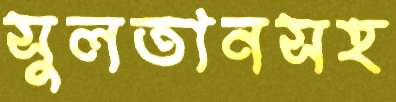
সুলতানসহ